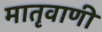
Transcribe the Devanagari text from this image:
मातृवाणी